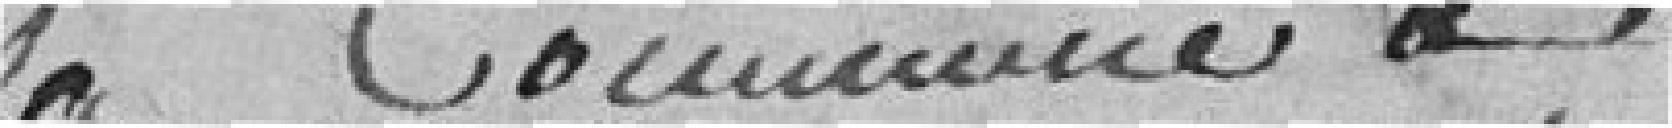
La Commune a Nommé